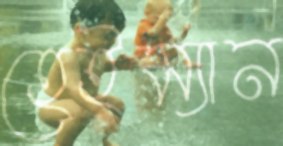
হেইম্যান